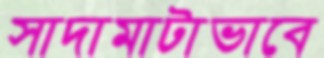
সাদামাটাভাবে